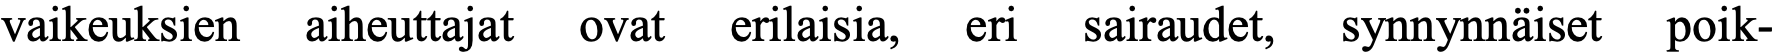
vaikeuksien aiheuttajat ovat erilaisia, eri sairaudet, synnynnäiset poik-